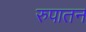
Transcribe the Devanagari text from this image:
रुपातन